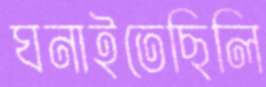
ঘনাইতেছিলি